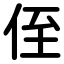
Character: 侄